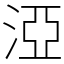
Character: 𣵾